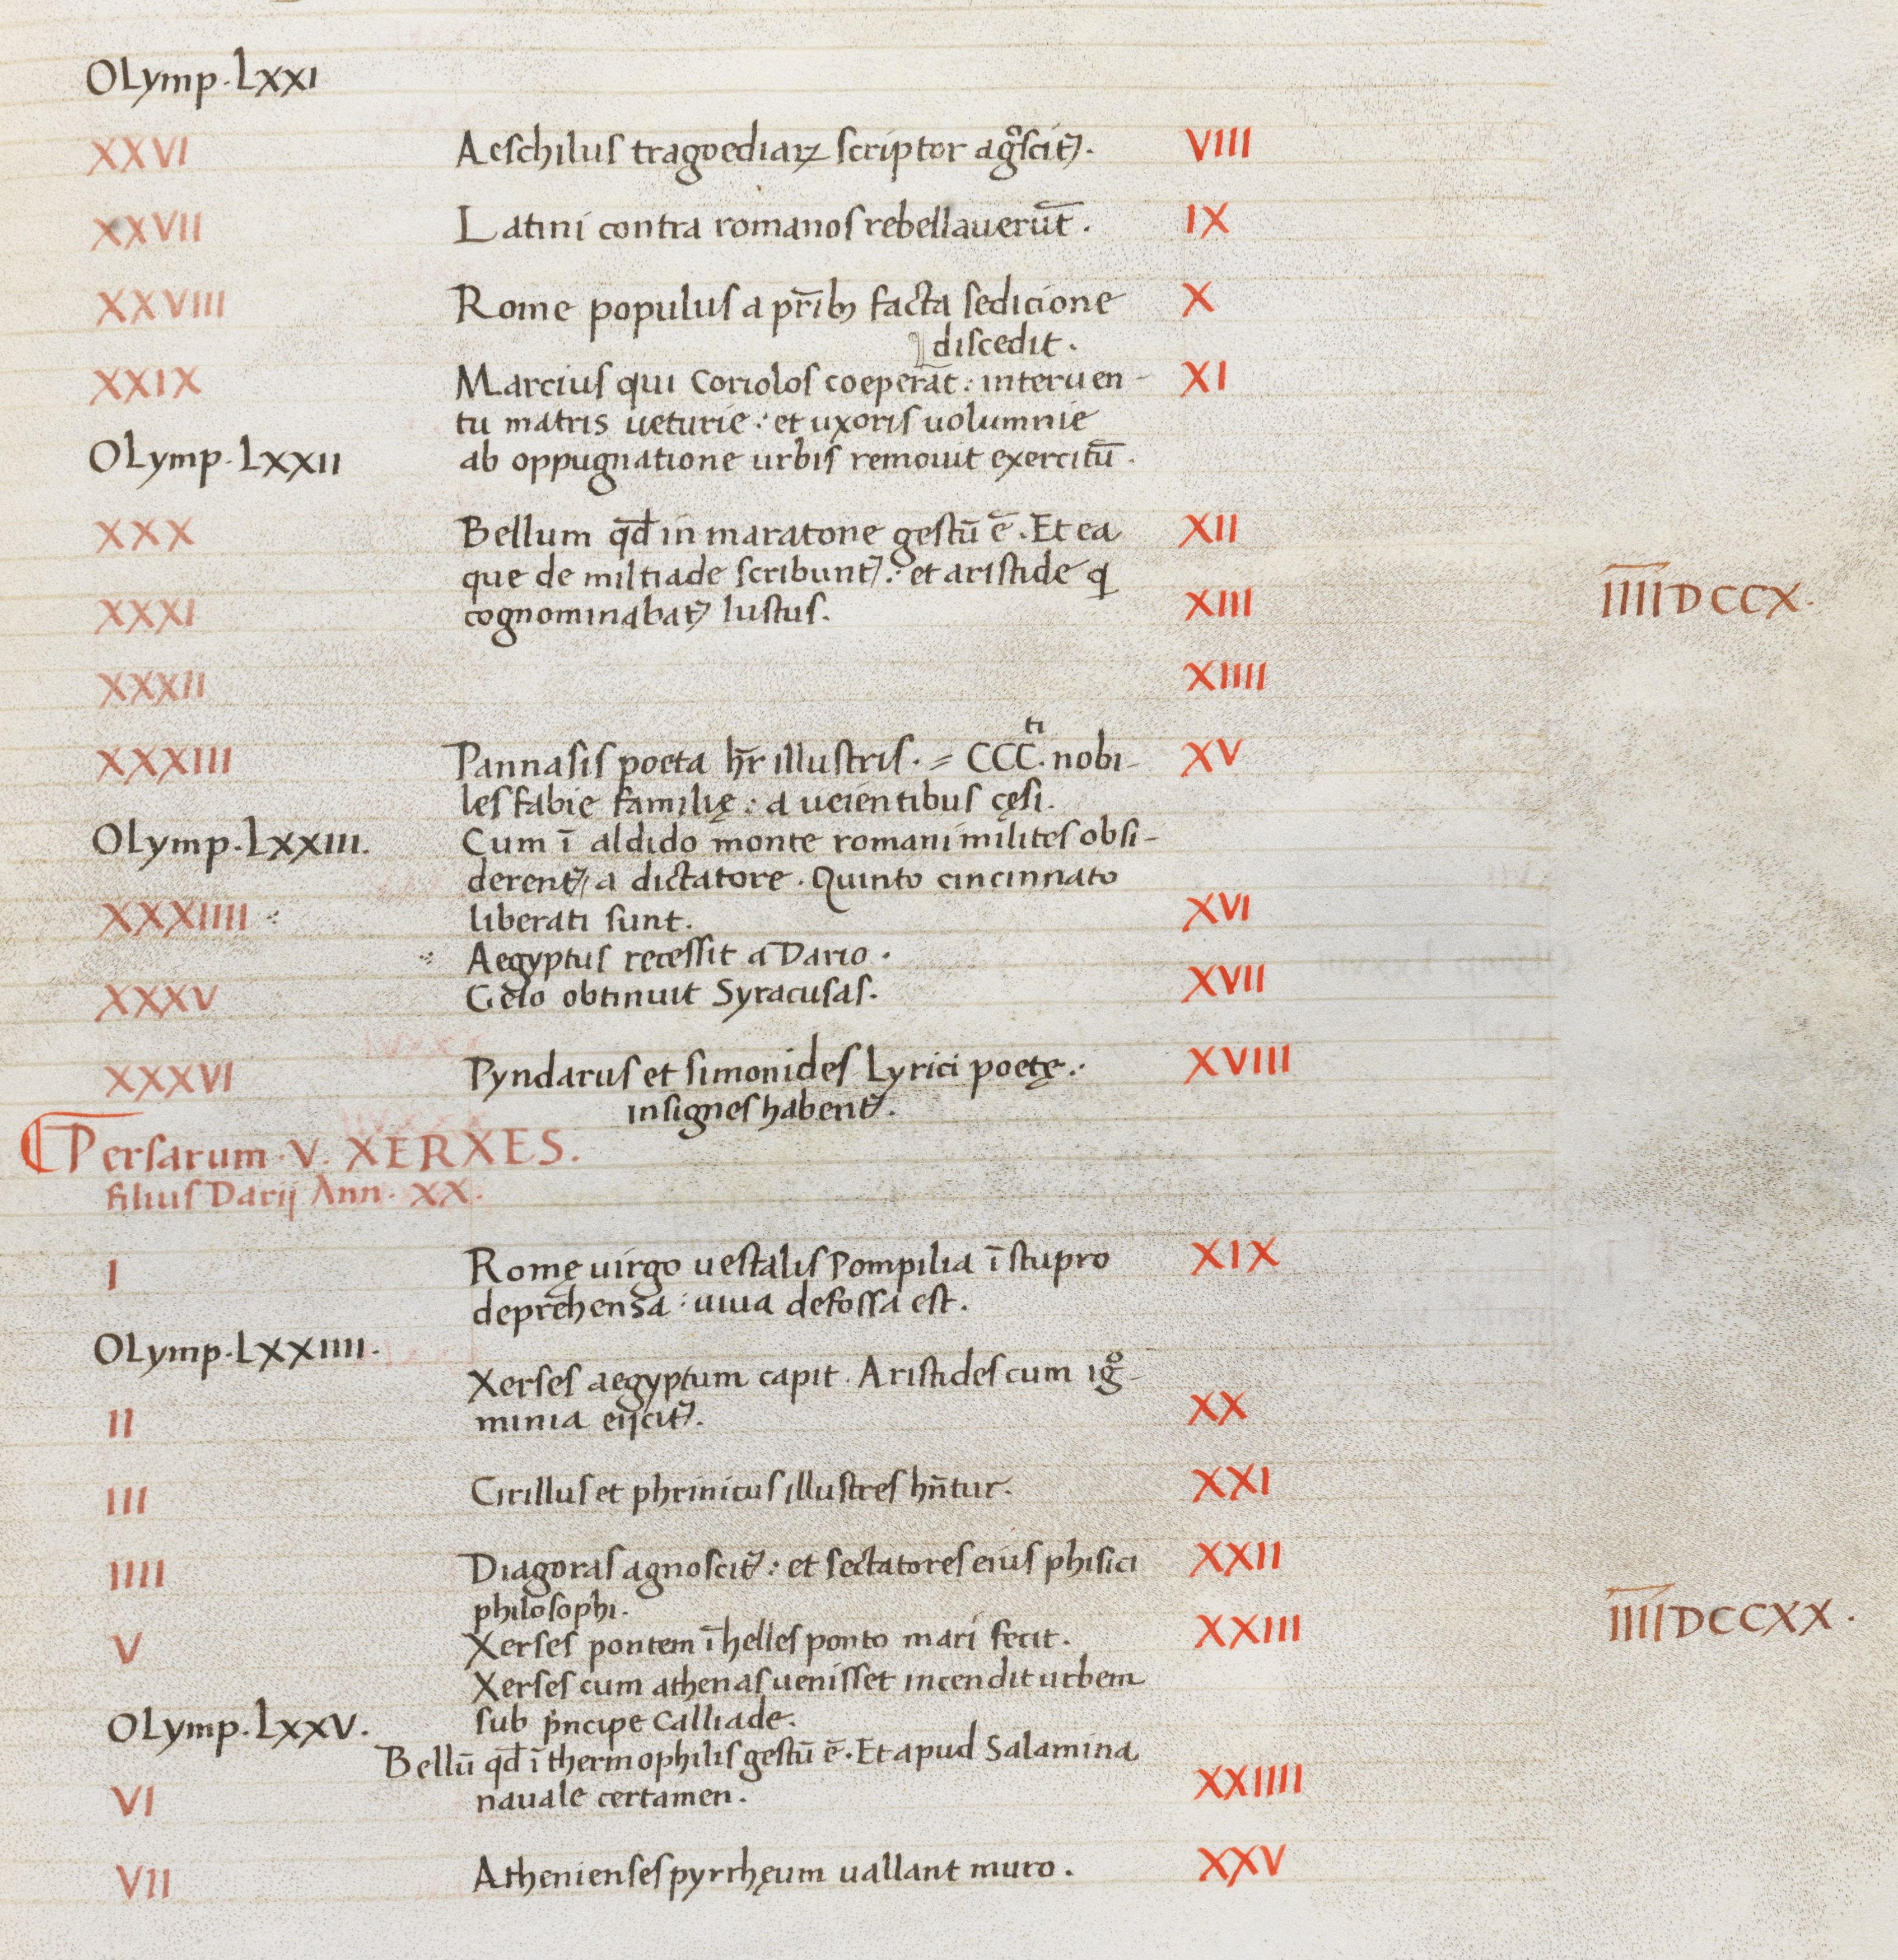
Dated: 1465–1495